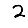
Digit: 2